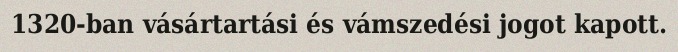
1320-ban vásártartási és vámszedési jogot kapott.